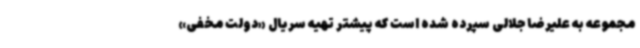
مجموعه به علیرضا جلالی سپرده شده است که پیشتر تهیه سریال‌ «دولت مخفی»